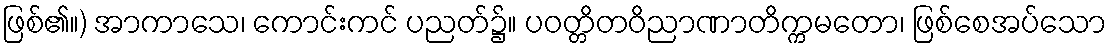
ဖြစ်၏။) အာကာသေ၊ ကောင်းကင် ပညတ်၌။ ပဝတ္တိတဝိညာဏာတိက္ကမတော၊ ဖြစ်စေအပ်သော